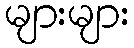
များများ